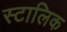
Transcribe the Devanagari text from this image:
स्टालिक